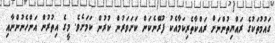
ގައުމުތަކުގެ ރައްޔިތުންނަށް ރައްކާތެރިކަމާއެކު ފުރޭނެކަން ކަށަވަރުން ކުރުން ކަމަށެވެ. މީގެ އިތުރުން އަންހެނުންނާއި